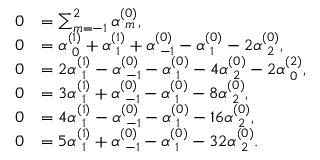
\begin{array} { r l } { 0 } & { = \sum _ { m = - 1 } ^ { 2 } \alpha _ { \hphantom { ( } m } ^ { ( 0 ) } , } \\ { 0 } & { = \alpha _ { \hphantom { ( } 0 } ^ { ( 1 ) } + \alpha _ { \hphantom { ( } 1 } ^ { ( 1 ) } + \alpha _ { \hphantom { ( } - 1 } ^ { ( 0 ) } - \alpha _ { \hphantom { ( } 1 } ^ { ( 0 ) } - 2 \alpha _ { \hphantom { ( } 2 } ^ { ( 0 ) } , } \\ { 0 } & { = 2 \alpha _ { \hphantom { ( } 1 } ^ { ( 1 ) } - \alpha _ { \hphantom { ( } - 1 } ^ { ( 0 ) } - \alpha _ { \hphantom { ( } 1 } ^ { ( 0 ) } - 4 \alpha _ { \hphantom { ( } 2 } ^ { ( 0 ) } - 2 \alpha _ { \hphantom { ( } 0 } ^ { ( 2 ) } , } \\ { 0 } & { = 3 \alpha _ { \hphantom { ( } 1 } ^ { ( 1 ) } + \alpha _ { \hphantom { ( } - 1 } ^ { ( 0 ) } - \alpha _ { \hphantom { ( } 1 } ^ { ( 0 ) } - 8 \alpha _ { \hphantom { ( } 2 } ^ { ( 0 ) } , } \\ { 0 } & { = 4 \alpha _ { \hphantom { ( } 1 } ^ { ( 1 ) } - \alpha _ { \hphantom { ( } - 1 } ^ { ( 0 ) } - \alpha _ { \hphantom { ( } 1 } ^ { ( 0 ) } - 1 6 \alpha _ { \hphantom { ( } 2 } ^ { ( 0 ) } , } \\ { 0 } & { = 5 \alpha _ { \hphantom { ( } 1 } ^ { ( 1 ) } + \alpha _ { \hphantom { ( } - 1 } ^ { ( 0 ) } - \alpha _ { \hphantom { ( } 1 } ^ { ( 0 ) } - 3 2 \alpha _ { \hphantom { ( } 2 } ^ { ( 0 ) } . } \end{array}